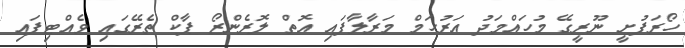
ހޯރަފުށީ ނޫރީގޭ މުހައްމަދު އަރުހަމް މަރާލާފައި އޮތް ލޮރެންޒޯ ޕާކް ތެރޭގައި ވެއްޓިފައި